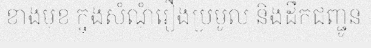
ខាងមុខ ក្នុងសំណុំរឿងប្រមូល និងដឹកជញ្ជូន